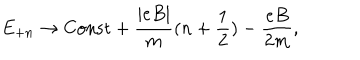
E _ { + n } \rightarrow { \mathrm { C o n s t } } + \frac { | e B | } { m } ( n + { \frac { 1 } { 2 } } ) - \frac { e B } { 2 m } ,